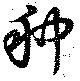
种